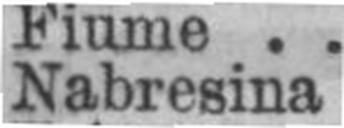
Nabresina